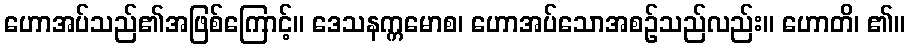
ဟောအပ်သည်၏အဖြစ်ကြောင့်။ ဒေသနက္ကမောစ၊ ဟောအပ်သောအစဉ်သည်လည်း။ ဟောတိ၊ ၏။